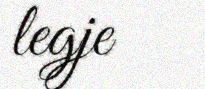
legje